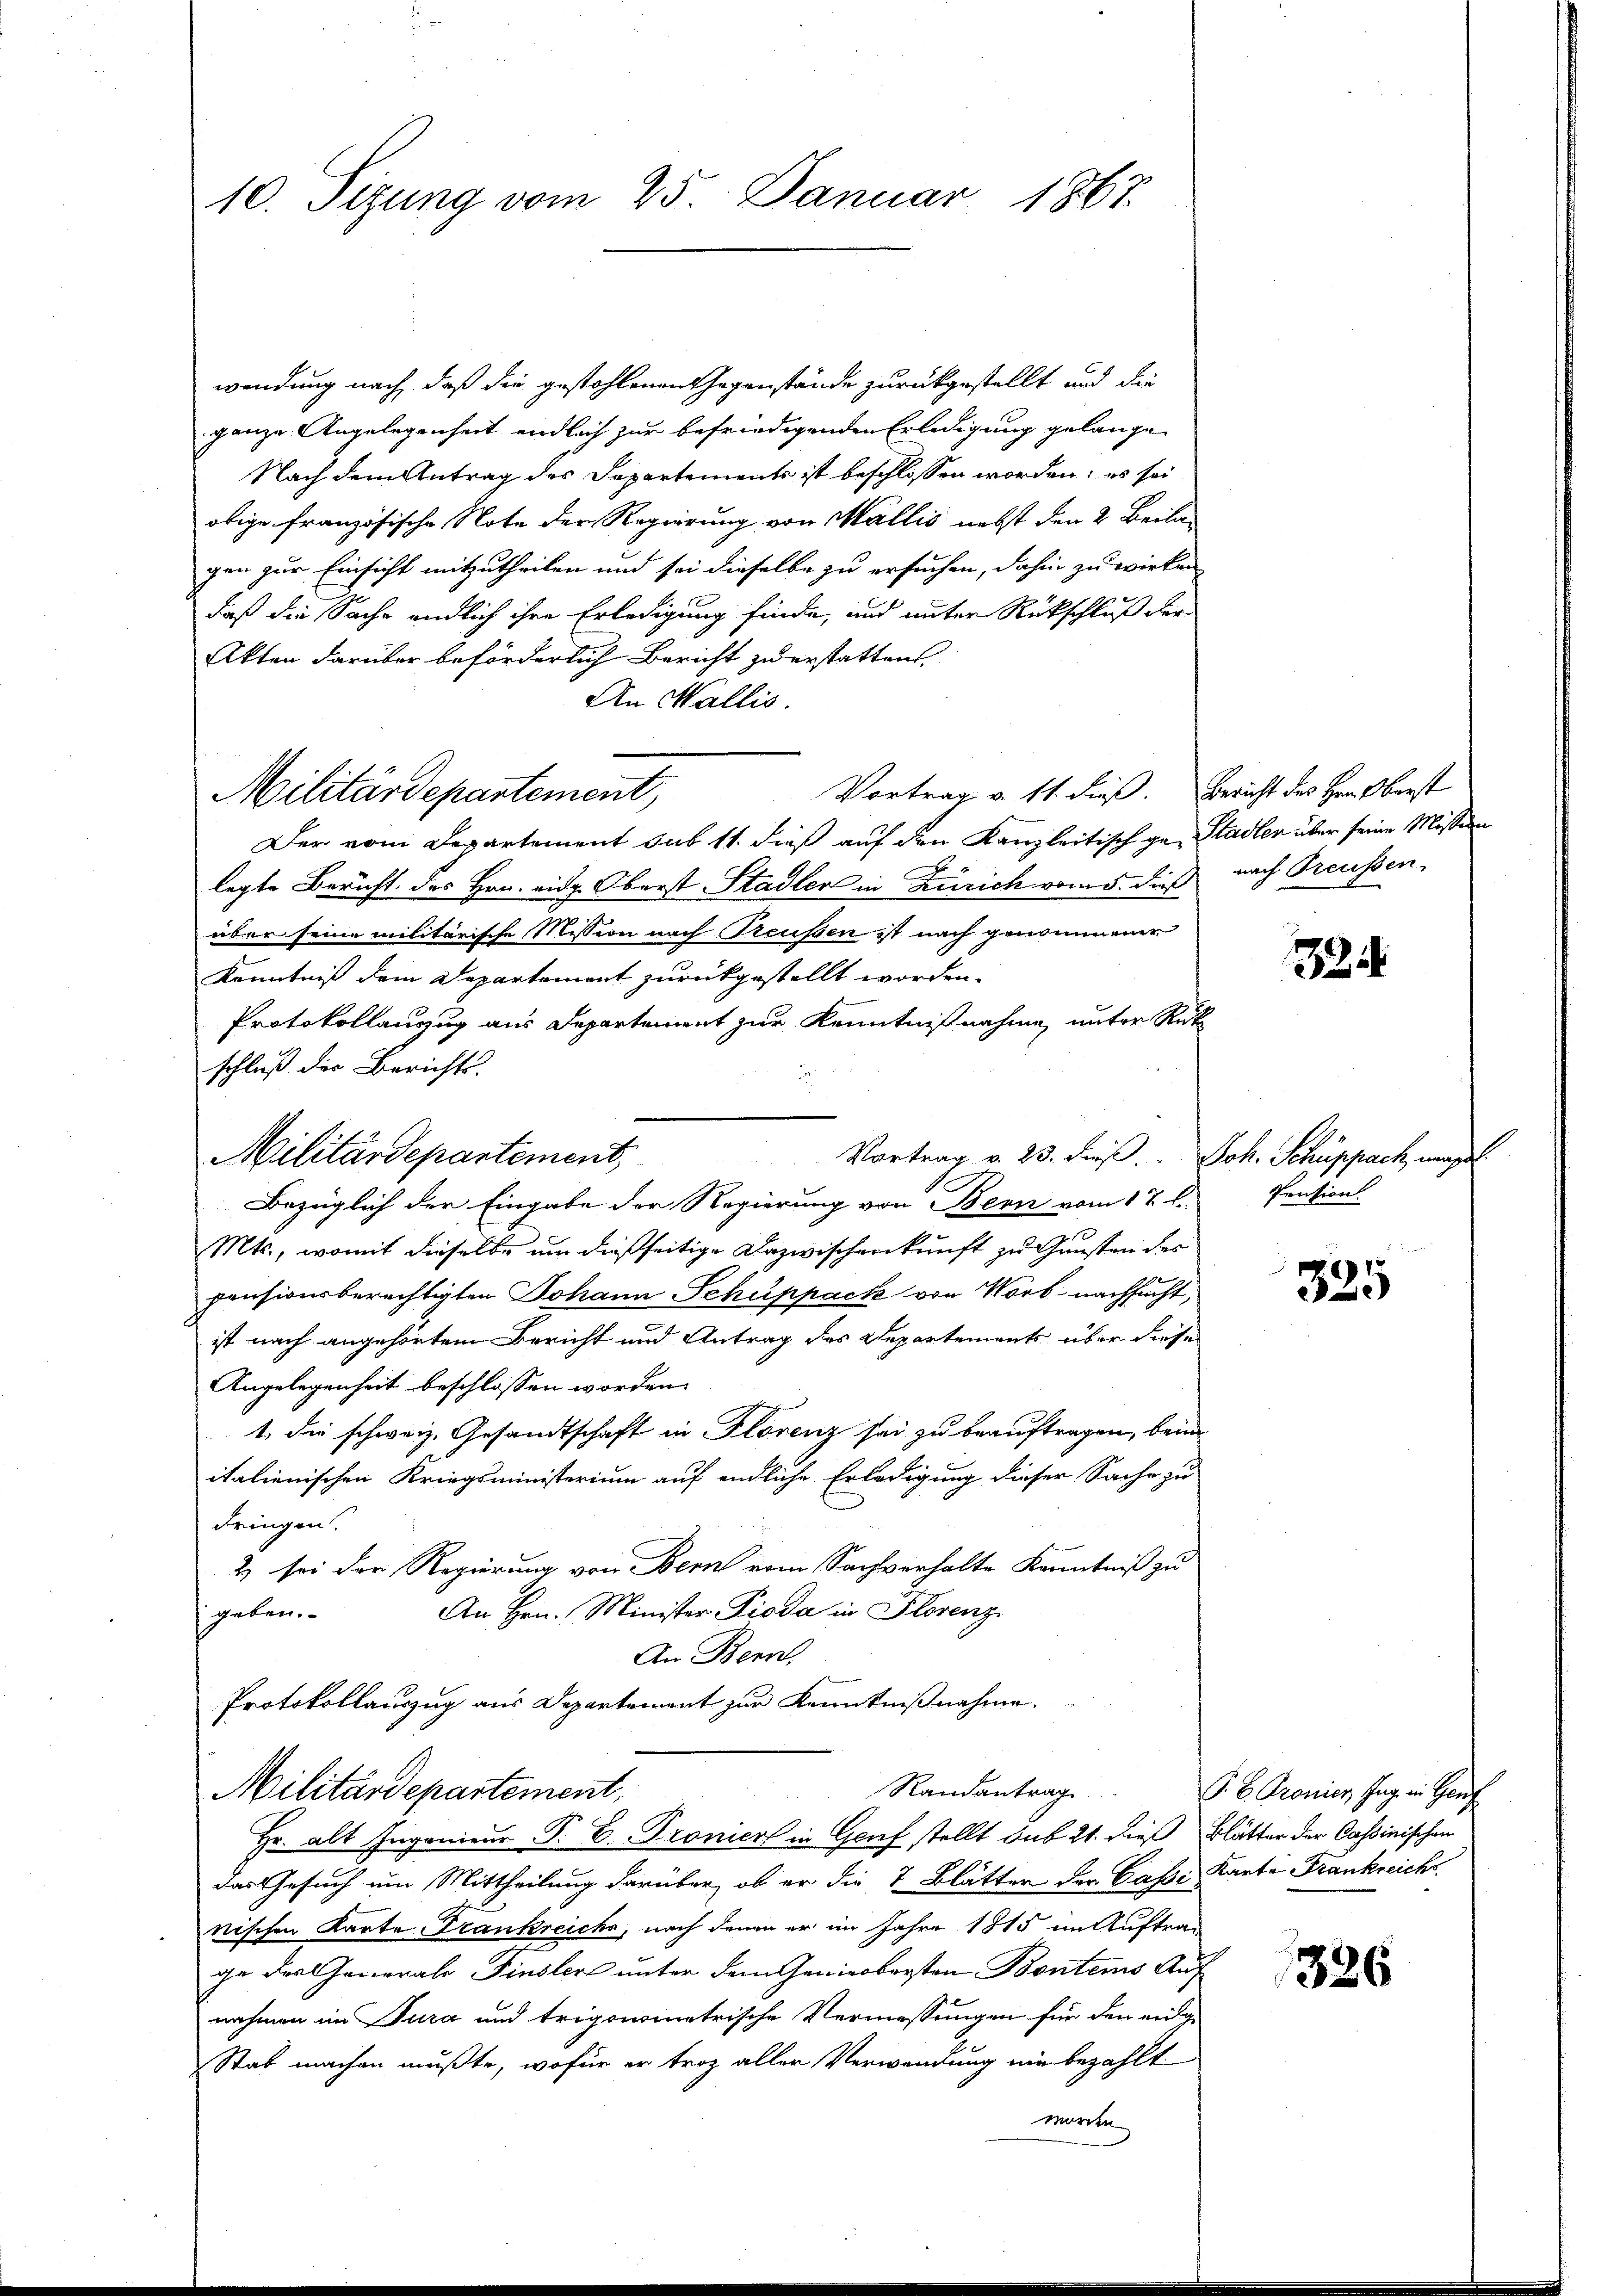
10. Sizung vom 25. Januar 1867.

wendung nach, daß die gestohlenen Gegenstände zurückgestellt und die
ganze Angelegenheit endlich zur befriedigenden Erledigung gelange¬
Nach dem Antrag des Departements ist beschlossen worden, es sei
obige französische Note der Regierung von Wallis nebst den 2. Beila
gen zur Einsicht mitzutheilen und sei dieselbe zu ersuchen, dahin zu wirken
daß die Sache endlich ihre Erledigung finde, und unter Rückschluß der
Akten darüber beförderlich Bericht zu erstatten.
An Wallis.
Vortrag v. 11. dieß. Bericht des Hrn. Oberst
Der vom Departement sub 11. dieß auf den Kanzleitisch ge- Stadler über seine Missen
legte Bericht des Hrn. eidg. Oberst Stadler in Zürich vom 5. dieß
über seine militärische Mission nach Treussen ist nach genommener
Kenntniß dem Departement zurückgestellt worden.
Protokollanzug aus Departement zur Kenntnißnahme, unter Rük
schluß der Berichts.
Vortrag v. 23. Fuß.  Joh. Schuppach, werd
Bezüglich der Eingabe der Regierung von Bern vom 17. l.
Mts., womit dieselbe um dießseitige Dazwischenkunft zu Gunsten des
pensionsberechtigten Johann Schuppack von Worb - nachsucht,
ist nach angehörtem Bericht und Antrag des Departements über diese
Angelegenheit beschlossen worden.
1. die schweiz. Gesandtschaft in Florenz sei zu beauftragen, beim
italienischen Kriegsministerium auf endliche Erledigung dieser Sache zu
dringen.
2) sei der Regierung von Bern vom Sachverhalte Kenntniß zu
An Hrn. Minister Pioda in Florenz
geben.
An Bern,
Protokollauszug aus Departement zur Kenntnißnahme.
Randantrag
Militärdepartement,
Hr. alt Ingenieur P. D. Pronier in Genf stellt sub 21. dieß Blätter der Cassinischen
das Gesuch um Mittheilung darüber, ob er die 7 Blätten der Casse Kanta Frankreiche
nischen Karte Frankreiche, nach denen er im Jahre 1815 im Auftrage des Generale Finslers unter dem Genierbersten Bontems Auf
nahmen im Jura und trigonometrische Vermessungen für den enge
Stat machen mußte, wofür er troz aller Verwendung nie bezahlt
morden

Militärdepartement,

Militärdepartement,

nach Treussen.

22

Pension.

335

G. B. Gronier Tag in Hauf

1326